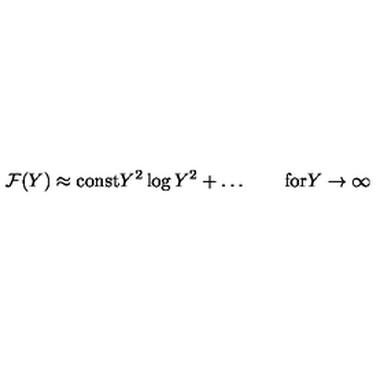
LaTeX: { \cal F } ( Y ) \approx \mathrm { c o n s t } Y ^ { 2 } \log { Y ^ { 2 } } + \ldots \qquad \mathrm { f o r } Y \to \infty